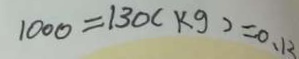
1 0 0 0 = 1 3 0 ( k g ) = 0 . 1 3